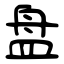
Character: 盘